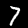
Label: 7